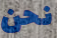
نحن